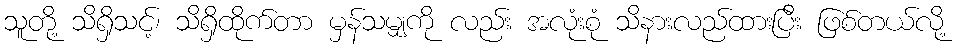
သူတို့ သိရှိသင့်၊ သိရှိထိုက်တာ မှန်သမျှကို လည်း အလုံးစုံ သိနားလည်ထားပြီး ဖြစ်တယ်လို့